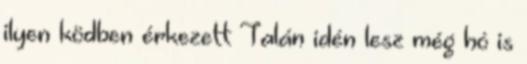
ilyen ködben érkezett Talán idén lesz még hó is